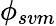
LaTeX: \phi_{svm}